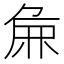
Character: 𫝖